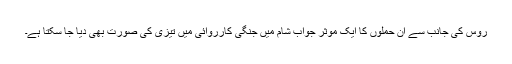
روس کی جانب سے ان حملوں کا ایک موثر جواب شام میں جنگی کارروائی میں تیزی کی صورت بھی دیا جا سکتا ہے۔